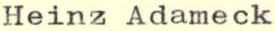
Heinz Adameck